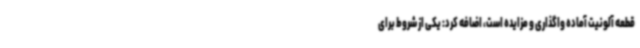
قطعه آلونیت آماده واگذاری و مزایده است، اضافه کرد: یکی از شروط برای